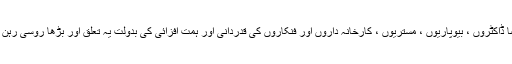
پیٹر اعظم کے دورِ آخر (۱۷۰۳-۱۷۲۵ء) میں جرمن سوئیڈن اور فرانسیسی اہلِ علم و فن خصوصاً ڈاکٹروں ، بیوپاریوں ، مستریوں ، کارخانہ داروں اور فنکاروں کی قدردانی اور ہمت افزائی کی بدولت یہ تعلق اور بڑھا روسی رہن سہن پر اور زبان و ادب پر اس کا اثر بڑھا اور نئے روس میں وہ تعلیم یافتہ طبقہ بڑھتا چلا گیا۔